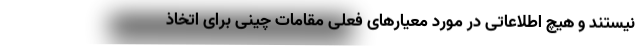
نیستند و هیچ اطلاعاتی در مورد معیارهای فعلی مقامات چینی برای اتخاذ